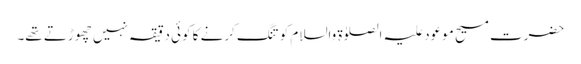
حضرت مسیح موعود علیہ الصلوٰۃ والسلام کو تنگ کرنے کا کوئی دقیقہ نہیں چھوڑتے تھے۔